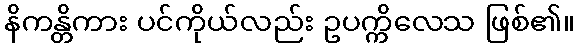
နိကန္တိကား ပင်ကိုယ်လည်း ဥပက္ကိလေသ ဖြစ်၏။